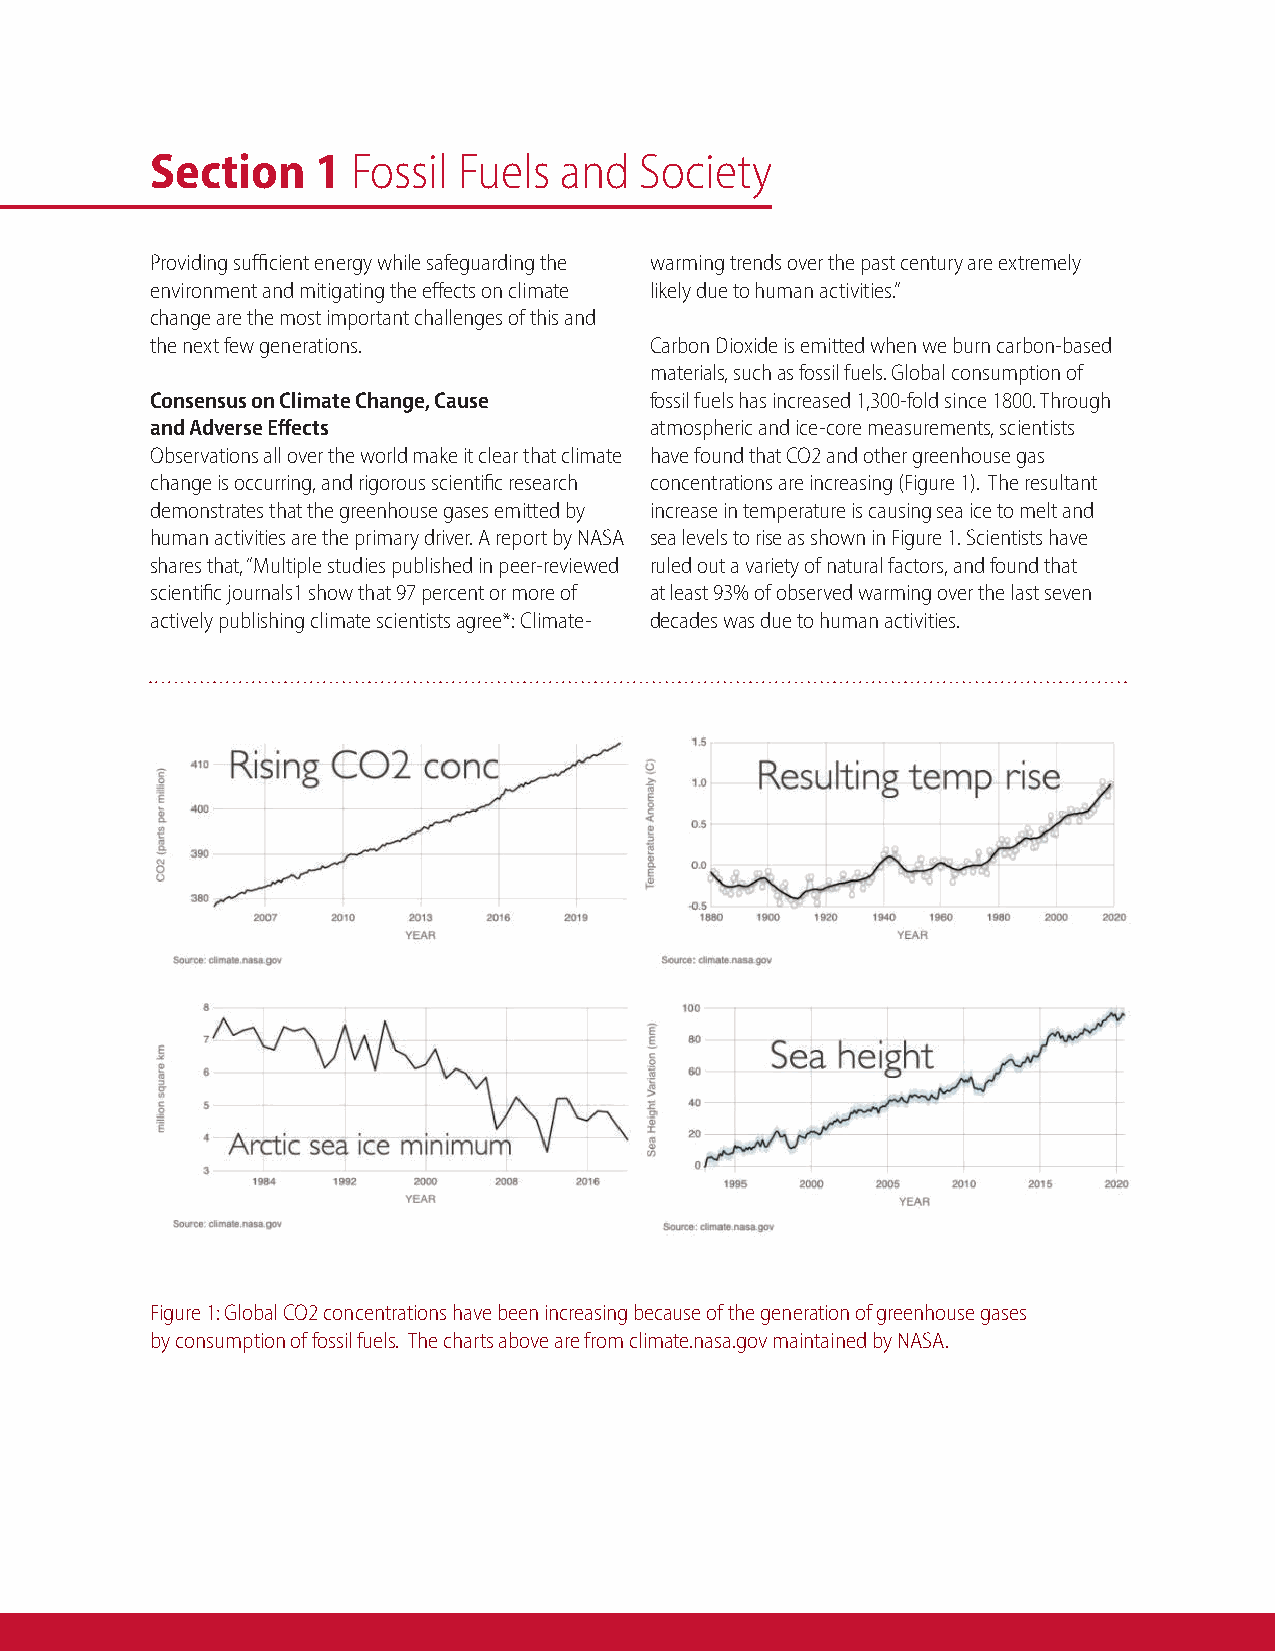
Section    1 Fossil Fuels  and  Society
 Providing sufficient energy while safeguarding the warming trends over the past century are extremely
 environment and mitigating the effects on climate likely due to human activities.”
 change are the most important challenges of this and
 the next few generations.        Carbon Dioxide is emitted when we burn carbon-based
 materials, such as fossil fuels. Global consumption of
 Consensus on Climate Change, Cause fossil fuels has increased 1,300-fold since 1800. Through
 and Adverse Effects              atmospheric and ice-core measurements, scientists
 Observations all over the world make it clear that climate have found that CO2 and other greenhouse gas
 change is occurring, and rigorous scientific research concentrations are increasing (Figure 1). The resultant
 demonstrates that the greenhouse gases emitted by increase in temperature is causing sea ice to melt and
 human activities are the primary driver. A report by NASA sea levels to rise as shown in Figure 1. Scientists have
 shares that, “Multiple studies published in peer-reviewed ruled out a variety of natural factors, and found that
 scientific journals1 show that 97 percent or more of at least 93% of observed warming over the last seven
 actively publishing climate scientists agree*: Climate- decades was due to human activities.
 Figure 1: Global CO2 concentrations have been increasing because of the generation of greenhouse gases
 by consumption of fossil fuels. The charts above are from climate.nasa.gov maintained by NASA.